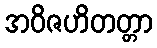
အဝိဇဟိတတ္တာ